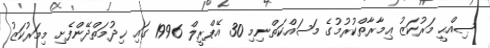
ޞިއްޙީ މަރުކަޒު ޢިމާރާތްކުރުމުގެ މަސައްކަތްނިމި 30 އޭޕްރީލް 1996 ގައި ޚިދުމަތްދޭންފެށި މިމަރުކަޒު